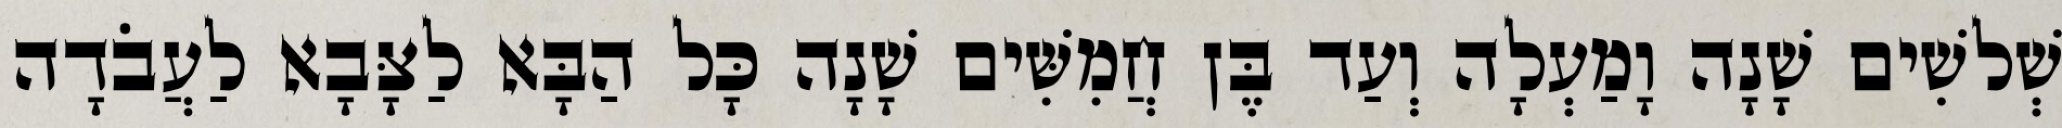
שְׁלשִׁים שָׁנָה וָמַעְלָה וְעַד בֶּן חֲמִשִּׁים שָׁנָה כָּל הַבָּא לַצָּבָא לַעֲבֹדָה